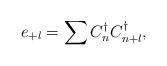
\begin{align*}e_{+l}=\sum C_{n}^{\dagger}C_{n+l}^{\dagger},\end{align*}